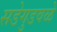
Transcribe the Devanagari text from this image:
सडेगुडवळे